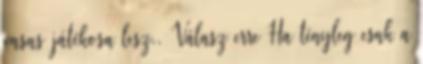
vasas játékosa lesz.. Válasz erre Ha tényleg csak a